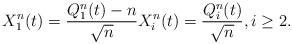
LaTeX: \begin{align*}X_1^n(t) = \frac{Q_1^n(t) - n}{\sqrt{n}} X_i^n(t) = \frac{Q_i^n(t)}{\sqrt{n}}, i \ge 2.\end{align*}